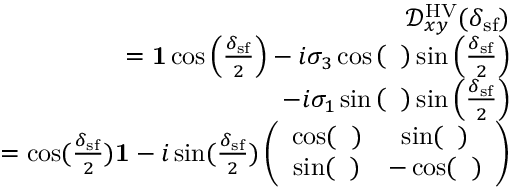
\begin{array} { r l r } & { } & { \mathcal { D } _ { x y } ^ { \mathrm { H V } } ( \delta _ { \mathrm { s f } } ) } \\ & { } & { = { \bf 1 } \cos \left( \frac { \delta _ { \mathrm { s f } } } { 2 } \right) - i \sigma _ { 3 } \cos \left( { \it \Delta \phi } \right) \sin \left( \frac { \delta _ { \mathrm { s f } } } { 2 } \right) } \\ & { } & { - i \sigma _ { 1 } \sin \left( { \it \Delta \phi } \right) \sin \left( \frac { \delta _ { \mathrm { s f } } } { 2 } \right) } \\ & { } & { = \cos ( \frac { \delta _ { \mathrm { s f } } } { 2 } ) { \bf 1 } - i \sin ( \frac { \delta _ { \mathrm { s f } } } { 2 } ) \left( \begin{array} { c c } { \cos ( { \it \Delta \phi } ) } & { \sin ( { \it \Delta \phi } ) } \\ { \sin ( { \it \Delta \phi } ) } & { - \cos ( { \it \Delta \phi } ) } \end{array} \right) } \end{array}